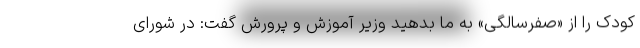
کودک را از «صفرسالگی» به ما بدهید وزیر آموزش و پرورش گفت: در شورای